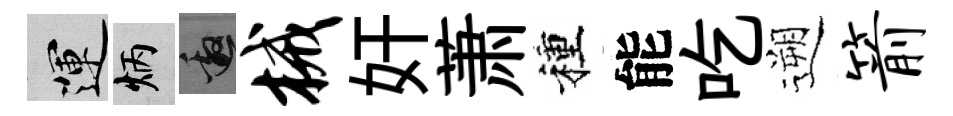
運炳邀械奸萧種能吃遡箭